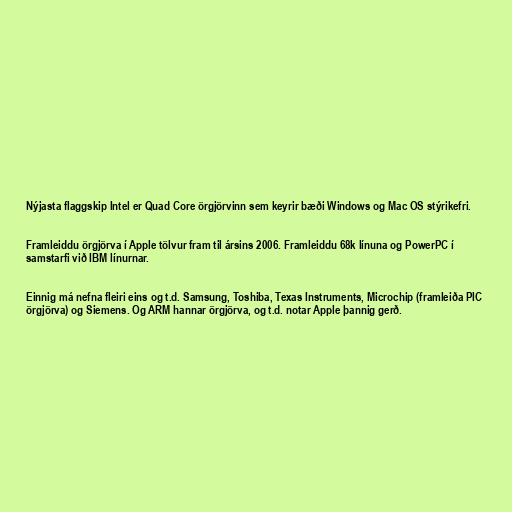
Nýjasta flaggskip Intel er Quad Core örgjörvinn sem keyrir bæði Windows og Mac OS stýrikefri.

Framleiddu örgjörva í Apple tölvur fram til ársins 2006. Framleiddu 68k línuna og PowerPC í
samstarfi við IBM línurnar.

Einnig má nefna fleiri eins og t.d. Samsung, Toshiba, Texas Instruments, Microchip (framleiða PIC
örgjörva) og Siemens. Og ARM hannar örgjörva, og t.d. notar Apple þannig gerð.